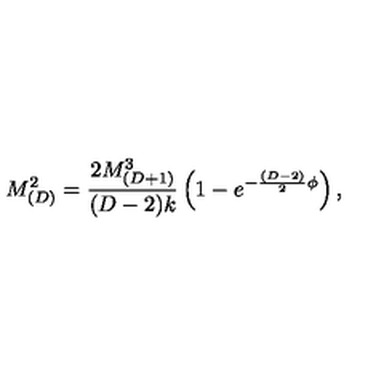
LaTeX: M _ { ( D ) } ^ { 2 } = \frac { 2 M _ { ( D + 1 ) } ^ { 3 } } { ( D - 2 ) k } \left( 1 - e ^ { - \frac { ( D - 2 ) } { 2 } \phi } \right) ,